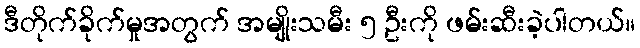
ဒီတိုက်ခိုက်မှုအတွက် အမျိုးသမီး ၅ ဦးကို ဖမ်းဆီးခဲ့ပါတယ်။